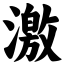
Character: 激